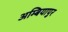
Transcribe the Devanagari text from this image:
अम्बियापुर